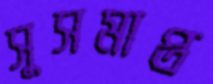
সুসমাপ্ত